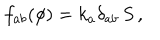
LaTeX: f _ { a b } ( \phi ) = k _ { a } \delta _ { a b } \, S \, ,